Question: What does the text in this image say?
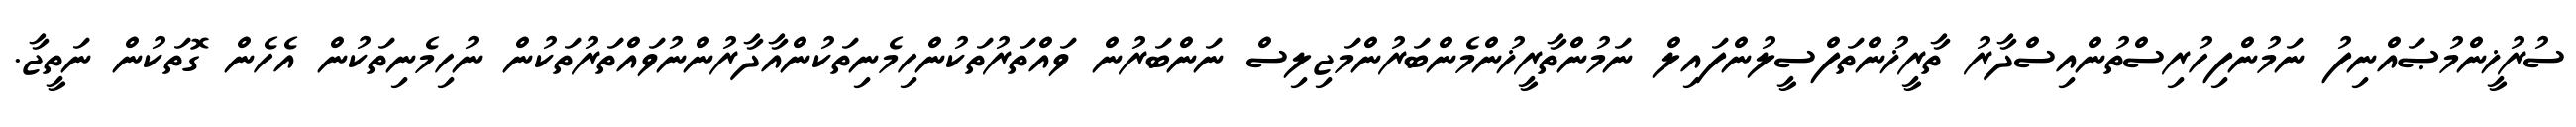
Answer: ސުރުޚީންމުޞައްނިފު ނަމުންފިހުރިސްތުންއިސްދާރު ތާރީޚުންތަފްސީލުންފައިލް ނަމުންތާރީޚުންމެންބަރުންމަޖިލިސް ނަންބަރުން ވައްތަރުތަކުންހިމެނިތަކުންއާދާރުންނުވައްތަރުތަކުން ނުހިމެނިތަކުން އެހެން ގޮތަކުން ނަތީޖާ.